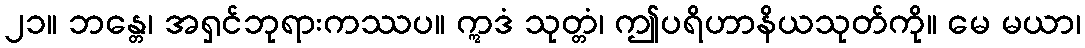
၂၁။ ဘန္တေ၊ အရှင်ဘုရားကဿပ။ ဣဒံ သုတ္တံ၊ ဤပရိဟာနိယသုတ်ကို။ မေ မယာ၊